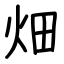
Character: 畑